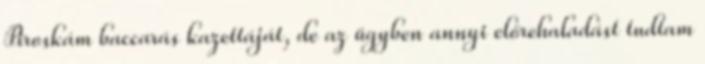
Piroskám baccarás kazettáját, de az ügyben annyi előrehaladást tudtam